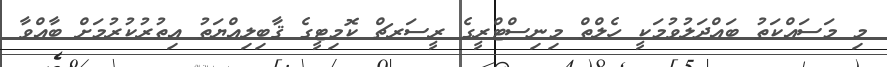
މި މަސައްކަތު ބައްދަލުވުމަކީ ހެލްތް މިނިސްޓްރީގެ ރީސަރޗް ކޮމިޓީގެ ޤާބިލިއްޔަތު އިތުރުކުރުމަށް ބާއްވާ